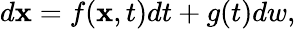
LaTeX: \begin{array}{r}{d\mathbf{x}=f(\mathbf{x},t)dt+g(t)dw,}\end{array}